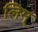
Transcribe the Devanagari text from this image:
लिम्‌